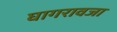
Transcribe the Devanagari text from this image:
घागरावजा